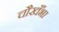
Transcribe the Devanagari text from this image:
चौखँभा